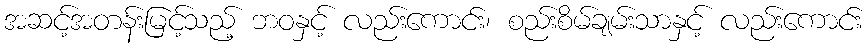
အဆင့်အတန်းမြင့်သည့် ဘဝနှင့် လည်းကောင်း၊ စည်းစိမ်ချမ်းသာနှင့် လည်းကောင်း